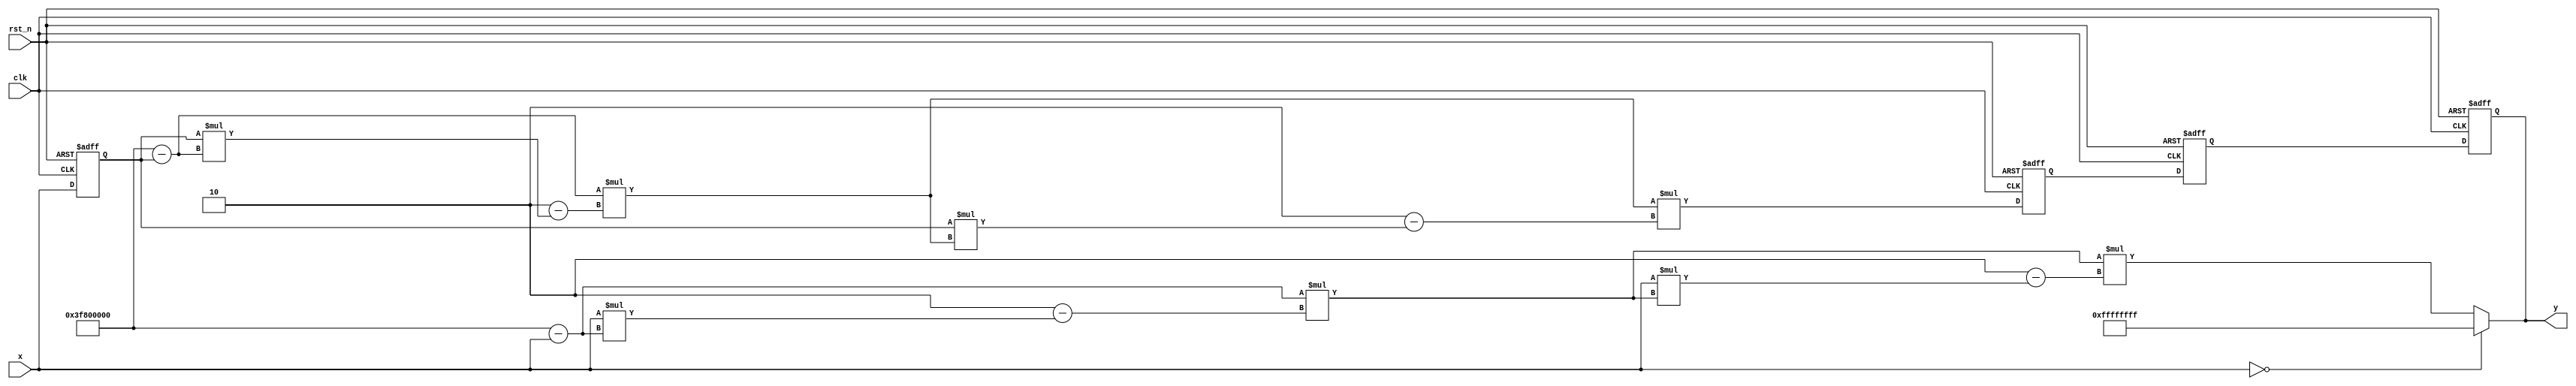
module approx_reciprocal (
    input  wire [31:0] x,         // Input: 32-bit floating-point number (IEEE 754 format)
    input  wire clk,              // Clock signal
    input  wire rst_n,            // Active low reset
    output reg  [31:0] y          // Output: Approximate reciprocal of x
);

    // Internal registers for pipelining
    reg [31:0] x_reg;
    reg [31:0] approx_reg;
    reg [31:0] result_reg;

    // Constants for approximation
    localparam [31:0] ONE = 32'h3F800000; // 1.0 in IEEE 754 format

    // Approximate reciprocal algorithm using Newton-Raphson
    function [31:0] newton_raphson;
        input [31:0] x_in;
        reg [31:0] approx;
        begin
            // Initial approximation (1/x) using a simple heuristic
            approx = ONE - x_in; // Simple initial guess (1 - x)

            // Perform a few iterations of the Newton-Raphson method
            approx = approx * (2 - x_in * approx); // First iteration
            approx = approx * (2 - x_in * approx); // Second iteration
            newton_raphson = approx;
        end
    endfunction

    // Combinational logic for approximate reciprocal computation
    always @* begin
        if (x == 32'h00000000) begin // Handle zero input
            y = 32'hFFFFFFFF; // Return a max value or some error indication
        end else begin
            y = newton_raphson(x);
        end
    end

    // Pipeline registers for timing optimization
    always @(posedge clk or negedge rst_n) begin
        if (!rst_n) begin
            x_reg <= 32'b0;
            approx_reg <= 32'b0;
            result_reg <= 32'b0;
            y <= 32'b0;
        end else begin
            x_reg <= x; // Register input
            approx_reg <= newton_raphson(x_reg); // Compute approximation
            result_reg <= approx_reg; // Register result
            y <= result_reg; // Output final result
        end
    end

endmodule